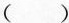
()